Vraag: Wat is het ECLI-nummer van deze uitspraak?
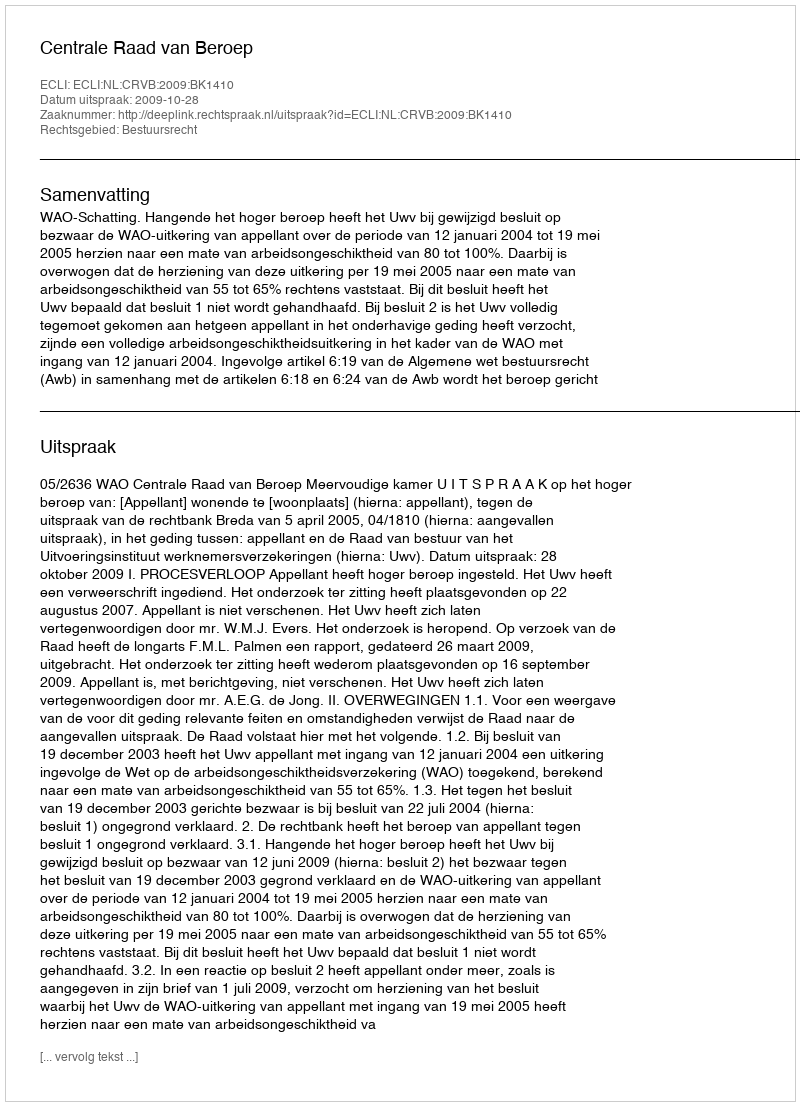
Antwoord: ECLI:NL:CRVB:2009:BK1410